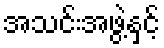
အသင်းအဖွဲ့နှင့်